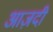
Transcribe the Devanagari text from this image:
आज़दी